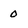
Character: 0